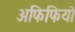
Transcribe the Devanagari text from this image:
अफिफियो